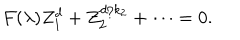
F ( \lambda ) Z _ { 1 } ^ { d } + Z _ { 2 } ^ { d / { k _ { 2 } } } + \cdots = 0 .